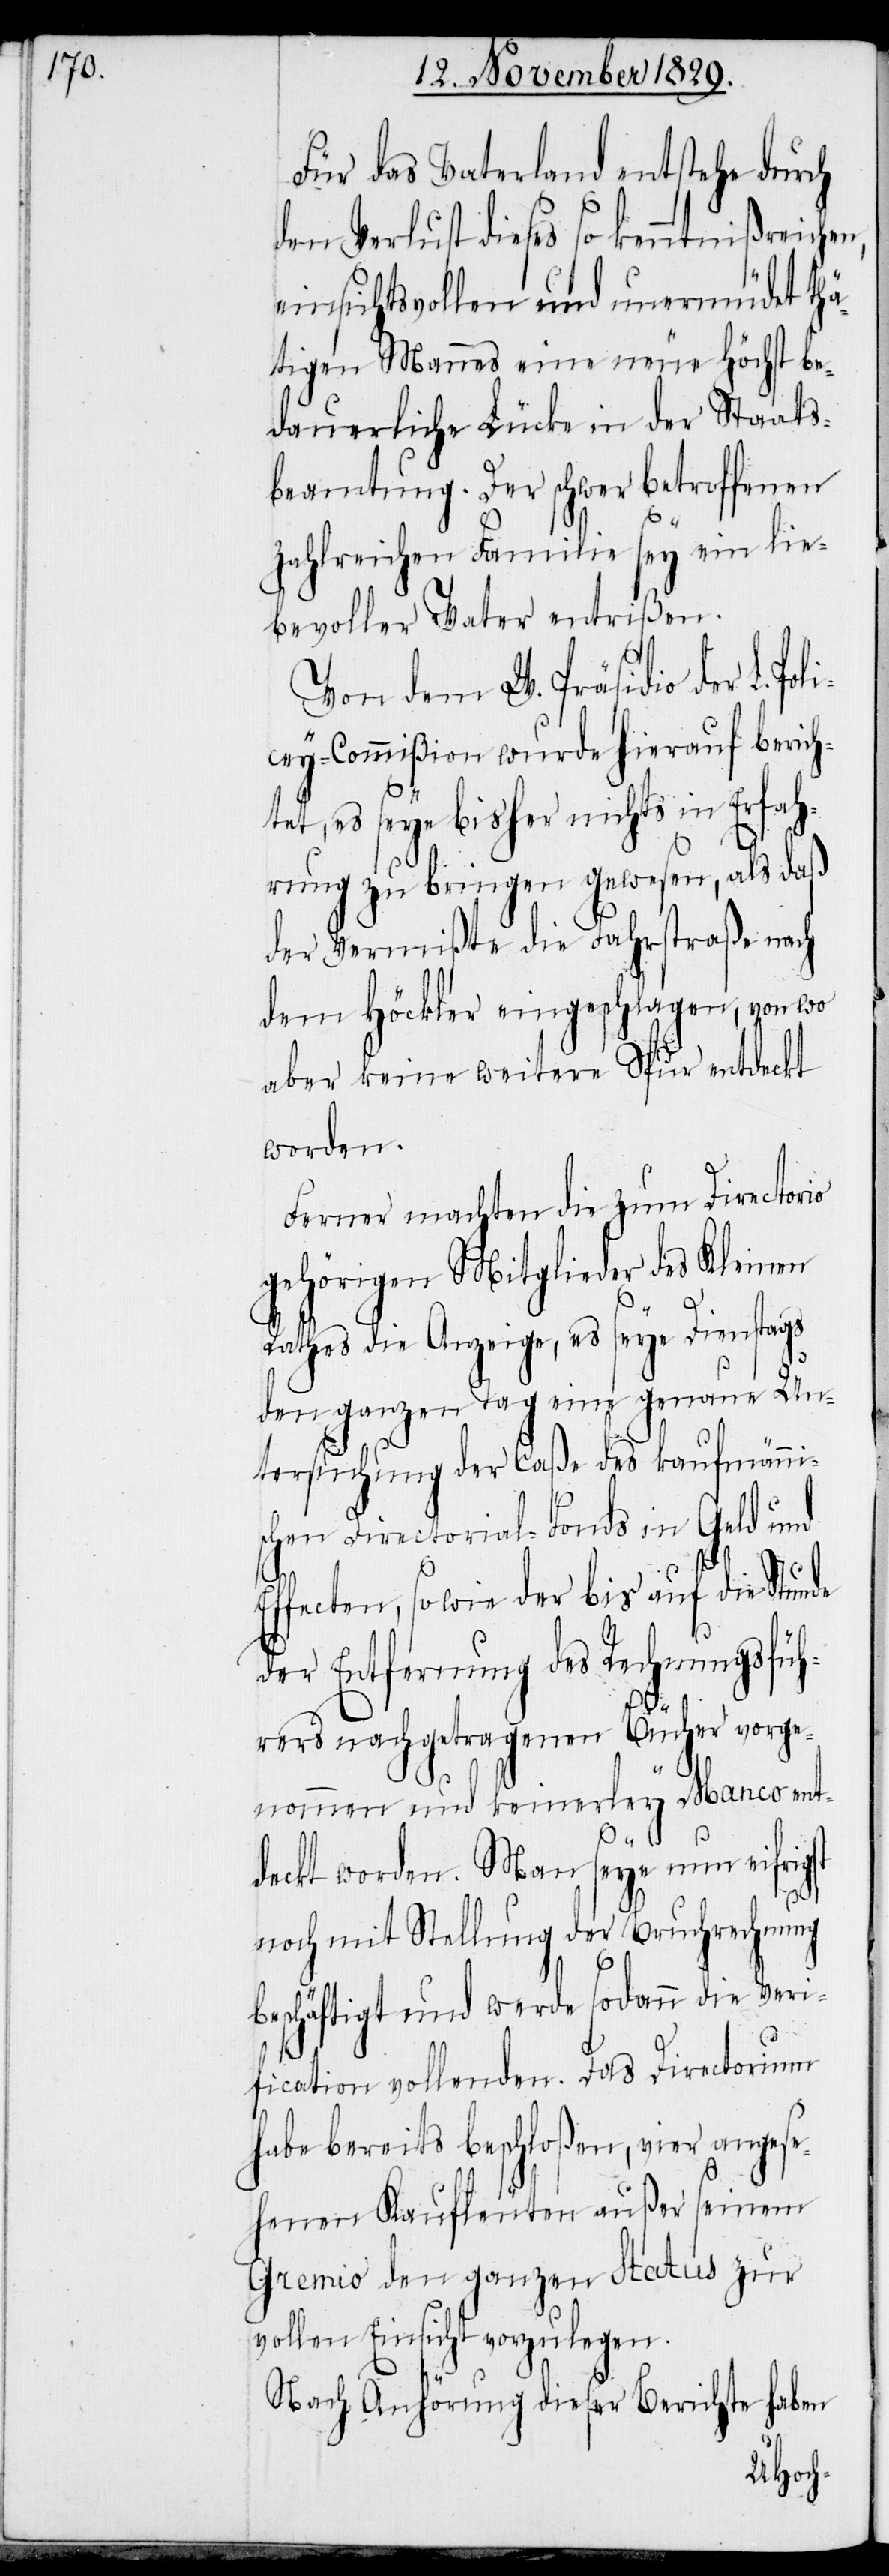
Für das Vaterland entstehe durch
den Verlust dieses so kenntnißreichen,
einsichtsvollen und unermüdet thä¬
tigen Mannes eine neue höchst be¬
dauerliche Lücke in der Staats¬
beamtung. Der schwer betroffenen
zahlreichen Familie sey ein lie¬
bevoller Vater entrißen.
Von dem W. Präsidio der L. Po¬
cey-Commißion wurde hierauf berich¬
li¬
tet, es seye bisher nichts in Erfah¬
rung zu bringen gewesen, als daß
der Vermißte die Fahrstraße nach
dem Höckler eingeschlagen, von wo
aber keine weitere Spur entdeckt
worden.
Ferner machten die zum Directorio
gehörigen Mitglieder des Kleinen
Rathes die Anzeige, es seye Dienstags
den ganzen Tag eine genaue Un¬
tersuchung der Caße des kaufmännis¬
chen Directorial-Fonds in Geld und
Effecten, sowie der bis auf die Stunde
der Entfernung des Rechnungsfüh¬
rers nachgetragenen Bücher vorge¬
nommen und keinerley Manco ent¬
deckt worden. Man seye nun eifrigst
noch mit Stellung der Bruchrechnung
beschäftigt und werde sodann die Veri¬
fication vollenden. Das Directorium
habe bereits beschloßen, vier angese¬
henen Kaufleuten außer seinem
Gremio den ganzen Status zur
vollen Einsicht vorzulegen.
Nach Anhörung dieser Berichte haben